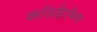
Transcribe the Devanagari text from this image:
कॉर्डाइऐंथस